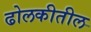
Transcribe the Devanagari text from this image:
ढोलकीतील